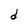
Character: d